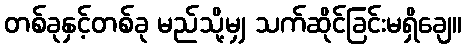
တစ်ခုနှင့်တစ်ခု မည်သို့မျှ သက်ဆိုင်ခြင်းမရှိချေ။